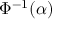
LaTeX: \Phi ^ { - 1 } ( \alpha )